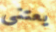
يعتنى